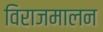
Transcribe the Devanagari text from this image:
विराजमालन